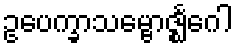
ဥပေက္ခာသမ္ဗောဇ္ဈင်္ဂေါ